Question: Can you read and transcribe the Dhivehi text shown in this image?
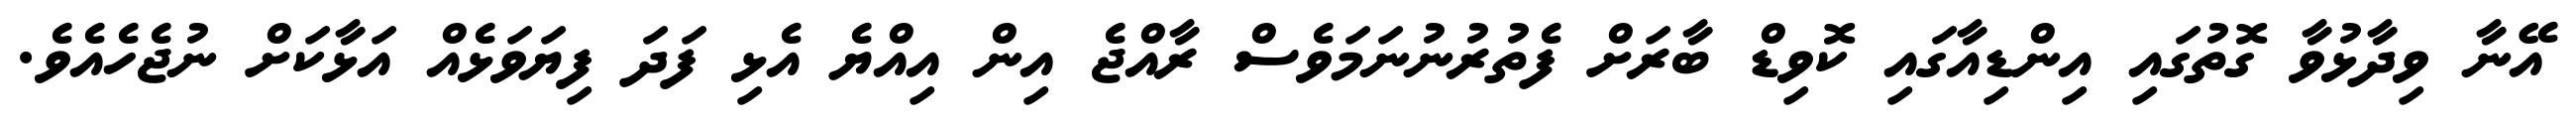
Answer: އޭނާ ވިދާޅުވާ ގޮތުގައި އިންޑިއާގައި ކޮވިޑް ބާރަށް ފެތުރުނުނަމަވެސް ރާއްޖެ އިން އިއްޔެ އެޅި ފަދަ ފިޔަވަޅެއް އަޅާކަށް ނުޖެހެއެވެ.